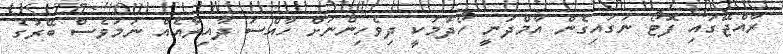
ރާއްޖޭގައި ފޮޓޯ ނަގައިގެން އާމްދަނީ ހޯދުމަކީ ދިވެހިންނަށް ހާއްސަ ދާއިރާއެއް ނަމަވެސް ބޭރުގެ